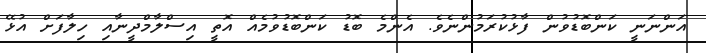
އަންނަނީ ކަންބޮޑުވުން ފާޅުކުރަމުންނެވެ. އެންމެ ބޮޑު ކަންބޮޑުވުމެއް އޮތީ އިސްލާމްދީނާއި ހިލާފަށް އުޅޭ